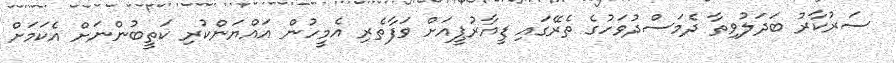
ސަރުކާރު ބަދަލުވިތާ ދެމަސްދުވަހުގެ ތެރޭގައި ޑީއާރުޕީއަށް ވަފާތެރި އެމީހުން އައްޔަންކުރި ކަތީބުންނަށް އެކަމަށް